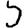
Digit: 5